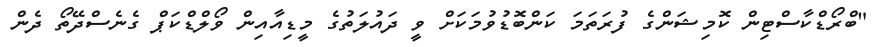
"ބްރޯޑްކާސްޓިން ކޮމިޝަންގެ ފުރަތަމަ ކަންބޮޑުވުމަކަށް ވީ ދައުލަތުގެ މީޑިއާއިން ވޯލްޑްކަޕް ގެނެސްދޭތޯ ދެން